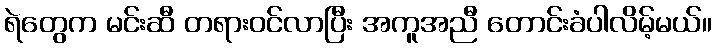
ရဲတွေက မင်းဆီ တရားဝင်လာပြီး အကူအညီ တောင်းခံပါလိမ့်မယ်။